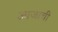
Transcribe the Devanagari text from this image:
आजाची